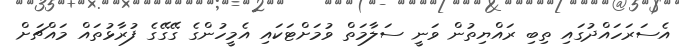
އެސަރަހައްދުގައި ތިބި ރައްޔިތުން ވަނީ ސަލާމަތް ވުމަަށްޓަކައި އެމީހުންގެ ގޭގޭގެ ފުރާޅުތައް މައްޗަށް